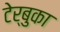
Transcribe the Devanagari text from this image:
टेर्बुका